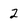
Character: 2